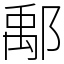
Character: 鄅